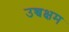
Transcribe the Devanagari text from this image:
उच्चक्षम